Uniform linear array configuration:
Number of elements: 64
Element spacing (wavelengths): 0.5
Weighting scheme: uniform
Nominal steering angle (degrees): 30
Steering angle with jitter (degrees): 28.166
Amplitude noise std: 0.05
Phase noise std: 0.05

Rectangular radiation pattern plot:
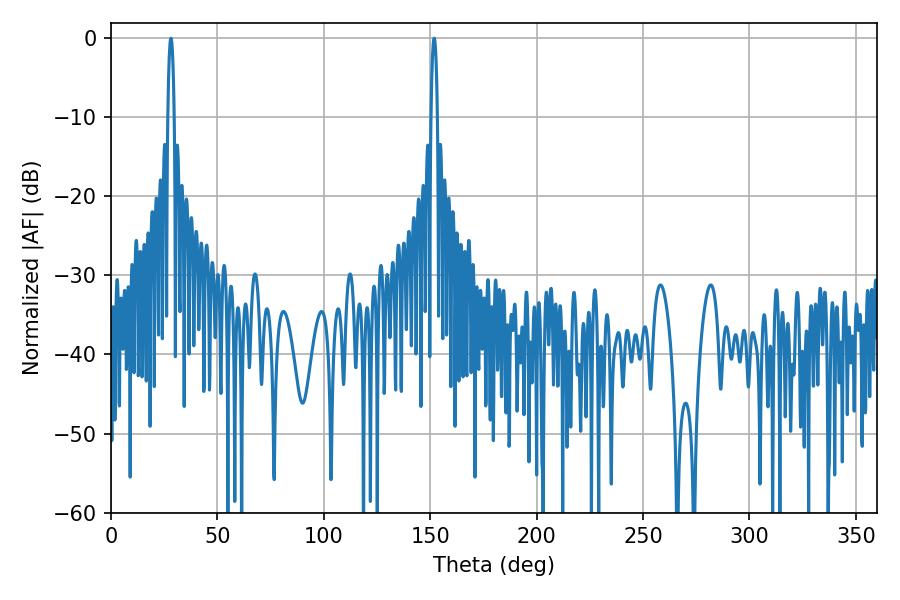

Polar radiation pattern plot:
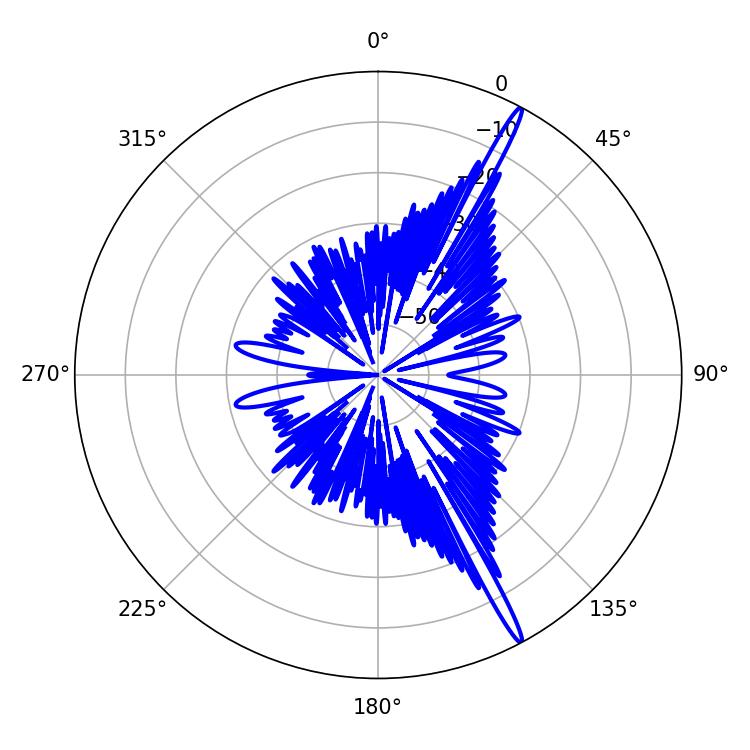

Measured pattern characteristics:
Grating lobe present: FALSE
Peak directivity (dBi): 17.77
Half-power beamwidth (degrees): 1.62
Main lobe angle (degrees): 28.08